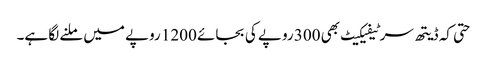
حتی کہ ڈیتھ سرٹیفیکیٹ بھی 300 روپے کی بجائے 1200 روپے میں ملنے لگا ہے۔